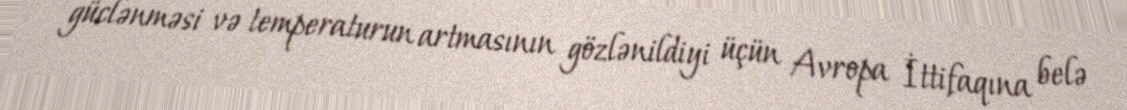
güclənməsi və temperaturun artmasının gözlənildiyi üçün Avropa İttifaqına belə